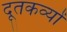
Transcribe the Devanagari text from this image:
दूतकव्यों